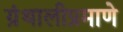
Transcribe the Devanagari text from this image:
ग्रंथालीप्रमाणे